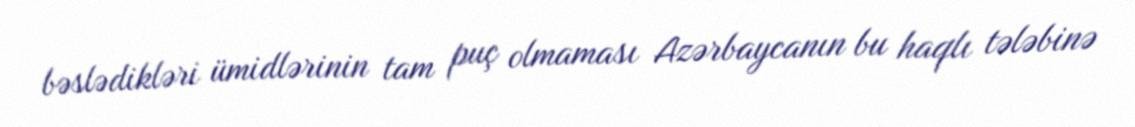
bəslədikləri ümidlərinin tam puç olmaması Azərbaycanın bu haqlı tələbinə